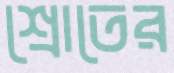
শ্রোতের